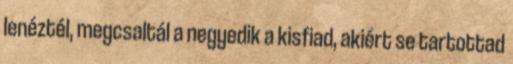
lenéztél, megcsaltál a negyedik a kisfiad, akiért se tartottad